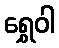
ရွှေဝါ